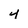
Character: 4